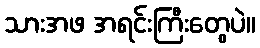
သားအဖ အရင်းကြီးတွေပဲ။